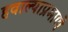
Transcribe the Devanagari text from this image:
हवाल्याप्रमाणे